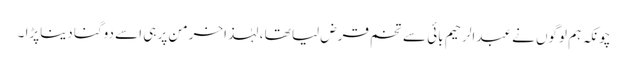
چونکہ ہم لوگوں نے عبدالرحیم بائی سے تخم قرض لیا تھا ، لہٰذاخرمن پر ہی اسے دوگنا دیناپڑا ۔